Vaccine operations Central Provinces 1886-1899 - 1886-1899
Year: 1886
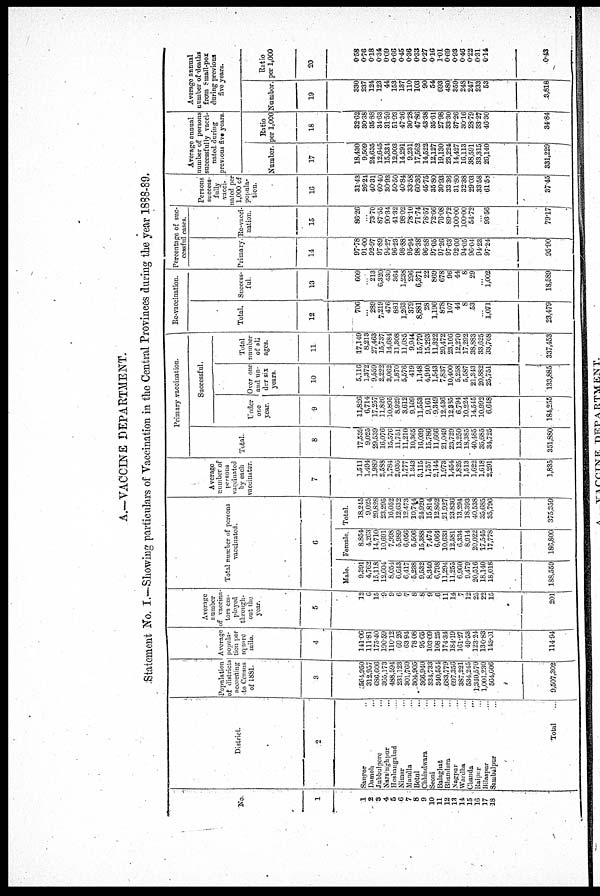
A.—VACCINE DEPARTMENT.
Statement No. I.—Showing particulars of Vaccination in the Central Provinces during the year 1888-89.
No
1
1
2
3
4
5
6
7
8
9
10
11
12
13
14
15
16
17
18
District.
2
Saugor ...
Damoh ...
Jubbulpore ...
Narsinghpur ...
Hoshangabad ...
Nimar
...
Mundla ...
Betul ...
Chhindwara ...
Seoni ...
Balaghat ...
Bhandara ...
Nagpur ...
Wardha ...
Chanda
...
Raipur ...
Bilaspur ...
Sambalpur ...
Total ...
Population
of districts
according
to Census
of 1881.
3
564,950
312,957
686,606
365,173
488,594
231,123
301,760
304,905
366,940
334,733
340,554
683,779
697,356
387,221
534,245
1,340,570
1,001,230
564,606
9,507,302
Average
popula-
tion per
square
mile.
4
141.06
111.81
175.40
190.59
110.12
69.26
63.94
78.08
95.65
103.09
108.25
174.34
184.19
161.27
49.53
123.24
130.83
143.01
114.94
Average
number
of vaccina-
tors em-
ployed
through-
out the
year.
5
12
6
15
9
9
6
7
8
8
9
6
11
14
7
12
25
22
15
201
Total number of persons
vaccinated.
6
Male.
9,391
4,762
15,118
12,604
8,051
6,643
6,417
5,238
9,532
8,340
6,798
11,294
11,255
6,960
9,479
20,516
18,140
18,018
188,559
Female.
8,854
4,263
14,710
10,691
7,998
5,989
6,056
5,506
15,388
7,474
6,064
10,633
12,581
6,334
8,914
20,022
17,545
17,778
186,800
Total.
18,245
9,025
29,828
23,295
16,052
12,632
12,473
10,744
24,920
15,814
12,862
21,927
23,836
13,294
18,393
40,538
35,685
35,796
375,359
Average
number of
persons
vaccinated
by each
vaccinator.
7
1,511
1,494
1,989
2,588
1,784
2,036
1,777
1,343
3,115
1,757
2,144
1,973
1,454
1,825
1,513
1,622
1,618
2,291
1,835
Primary vaccination.
Total
8
17,539
9,025
29,539
16,076
15,576
11,751
11,210
10,365
16,039
15,786
11,666
21,049
23,729
13,250
18,385
40,485
35,685
34,725
351,880
Successful.
Under
one
year.
9
11,826
6,714
17,257
11,826
10,895
8,929
3,612
9,109
11,553
9,161
9,349
12,436
12,385
6,794
10,224
14,545
10,992
6,648
184,255
Over one
and un-
der six
years.
10
5,116
1,372
9,559
2,222
3,062
1,870
5,576
419
1,148
4,940
1,543
7,837
10,400
5,258
5,587
21,343
20,882
25,751
133,885
Total
number
of all
ages.
11
17,149
8,213
27,463
15,737
14,684
11,308
11,085
9,944
15,779
15,293
11,322
20,472
23,166
12,270
17,292
38,883
33,625
33,768
337,453
Re-vaccination.
Total.
12
706
...
289
7,219
476
881
1,263
379
8,881
28
1,196
878
107
44
8
53
...
1,071
23,479
Success-
ful
13
609
...
213
6,320
430
364
1,238
296
6,371
22
869
678
96
44
8
29
...
1,002
18,589
Percentage of suc-
cessful cases.
Primary
14
97.78
91.00
92.97
97.89
94.27
96.28
98.88
95.94
98.38
96.88
97.05
97.26
97.63
92.60
94.05
96.04
94.23
97.24
95.90
Re-vacci-
nation.
15
86.26
...
73.70
87.55
90.34
41.32
98.02
78.10
71.74
78.57
72.66
76.08
89.72
100.00
100.00
54.72
...
93.56
79.17
Persons
success-
fully
vacci-
nated per
1,000 of
popula-
tion.
16
31.43
26.24
40.31
60.40
30.93
50.50
40.84
33.58
60.38
45.75
35.80
30.93
33.36
31.80
32.38
29.03
33.58
61.58
37.45
Average annual
number of persons
successfully vacci-
nated during
previous five years.
Number.
17
18,430
9,509
24,635
12,645
15,334
12,003
14,291
9,231
17,562
14,522
12,127
19,130
23,224
14,427
16,113
38,591
33,315
26,140
331,229
Ratio
per 1,000
18
32.62
30.38
35.88
34.63
31.59
51.93
47.36
30.28
47.86
43.38
35.61
27.98
33.30
37.26
30.16
28.79
33.27
46.30
34.84
Average annual
number of deaths
from Small-pox
during previous
five years.
Number.
19
330
237
124
123
44
153
137
110
103
90
54
693
480
359
248
247
233
53
3,818
Ratio
per 1,000
20
0.58
0.76
0.18
0.34
0.09
4.66
0.45
0.36
0.33
0.27
0.16
1.01
0.69
0.93
0.46
0.22
0.31
0.14
0.43